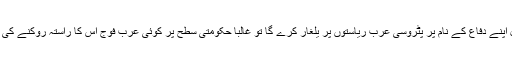
ان حالات میں جس وقت اسرائیل اپنے دفاع کے نام پر پٹروسی عرب ریاستوں پر یلغار کرے گا تو غالباََ حکومتی سطح پر کوئی عرب فوج اس کا راستہ روکنے کی صلاحیت کی حامل نہیں ہوگی ۔